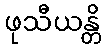
ဖုသီယန္တိ